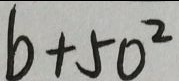
b + 5 0 ^ { 2 }